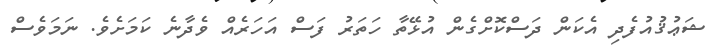
ޝަޢުޤުއުފެދި އެކަން ދަސްކޮށްގެން އުޅޭތާ ހަތަރު ފަސް އަހަރެއް ވެދާނެ ކަމަށެވެ. ނަމަވެސް